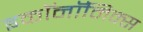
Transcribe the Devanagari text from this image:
इकाॅनाॅमिक्स